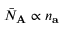
\bar { N } _ { \mathbf { A } } \propto n _ { \mathbf { a } }